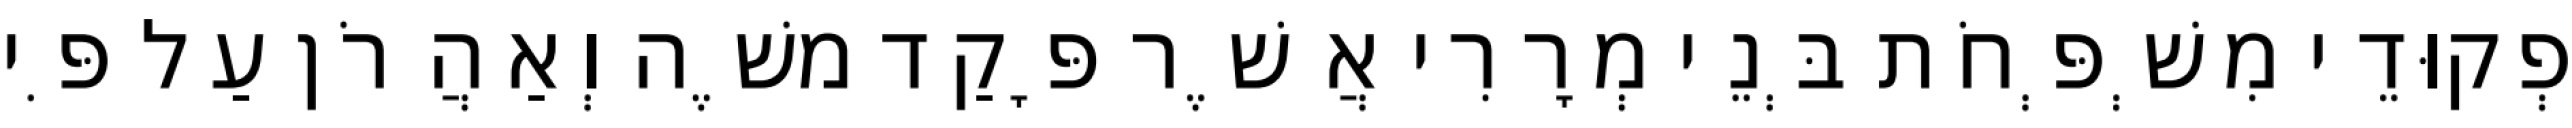
פְקוּדֵי מִשְׁפְּחֹת בְּנֵי מְרָרִי אֲשֶׁר פָּקַד משֶׁה וְאַהֲרֹן עַל פִּי